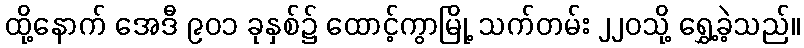
ထို့နောက် အေဒီ ၉၀၁ ခုနှစ်၌ ထောင့်ကွာမြို့ သက်တမ်း ၂၂၀သို့ ရွှေ့ခဲ့သည်။